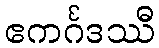
ဧကင်္ဂဒဿီ